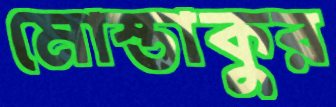
মোস্তাকুর